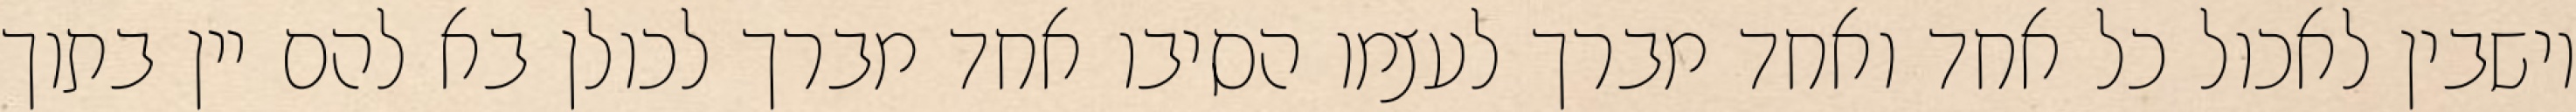
יושבין לאכול כל אחד ואחד מברך לעצמו הסיבו אחד מברך לכולן בא להם יין בתוך